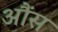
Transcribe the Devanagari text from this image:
आैंस